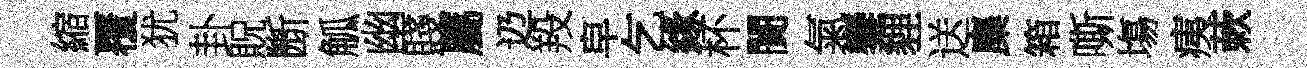
縮覆犹卦貺㫁觚幽賤屬辸羖皁乞緣杯闠氣鑾貍送麋箱嘶塲痍蔌